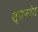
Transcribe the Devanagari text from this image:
स्तनांत